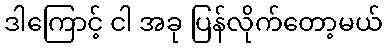
ဒါကြောင့် ငါ အခု ပြန်လိုက်တော့မယ်